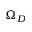
\Omega _ { D }